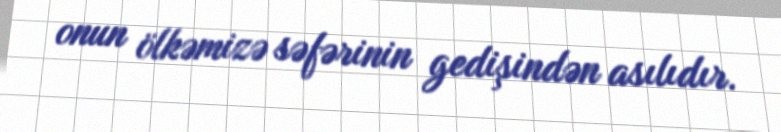
onun ölkəmizə səfərinin gedişindən asılıdır.